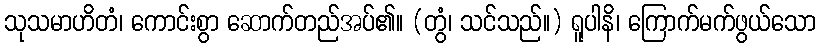
သုသမာဟိတံ၊ ကောင်းစွာ ဆောက်တည်အပ်၏။ (တွံ၊ သင်သည်။) ရူပါနိ၊ ကြောက်မက်ဖွယ်သော